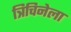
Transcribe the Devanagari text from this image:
त्रिचिनेला